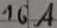
Text: 16A